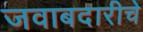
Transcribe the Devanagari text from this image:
जवाबदारीचे